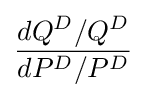
{\frac {dQ^{D}/Q^{D}}{dP^{D}/P^{D}}}